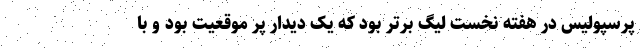
پرسپولیس در هفته نخست لیگ برتر بود که یک دیدار پر موقعیت بود و با